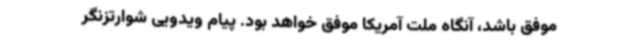
موفق باشد، آنگاه ملت آمریکا موفق خواهد بود. پیام ویدویی شوارتزنگر